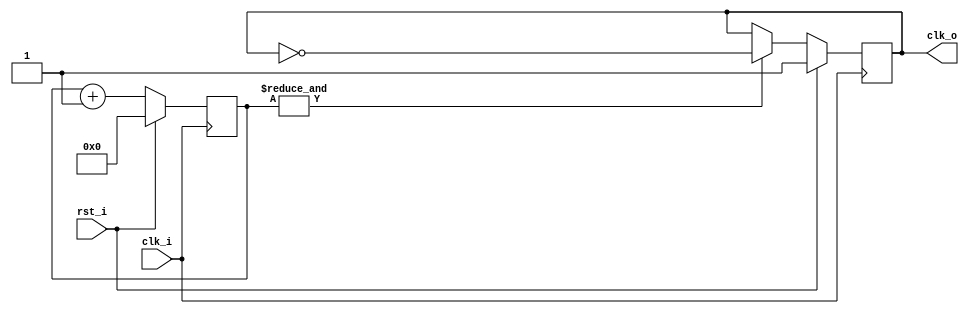
//-----------------------------------------------------
// ProjectName: ASIC watch 
// Description: Clock down  from external crystal to 1.0Hz
// Coder      : G.Cabo & L.Ledoux
// References :
//-----------------------------------------------------
`default_nettype none
`timescale 1 ns / 1 ps

`ifndef SYNT
    `ifdef FORMAL 
        `define ASSERTIONS
    `endif
`endif

module crystal2hz (
    input wire rst_i, // active high
    input wire clk_i, // 32.768 KHz
    output reg clk_o  // 1Hz
);

//free running counter
reg [14:0] count_int;
always @(posedge clk_i) begin : count_15bit
            if (rst_i) begin
                count_int <= 0;
            end else begin
                count_int <= count_int+1;  
            end
end

//Clock divider
always @(posedge clk_i) begin: clk_div
            if (rst_i) begin
                clk_o <= 1;
            end else begin
		// lledoux: expensive 15-bit and reduction and 15-bit comparator
		// 1 extra bit in the counter and check the msb should
		// sufficient
                if (&count_int == 1) begin // if and reduction is 1 
                    clk_o <= ~clk_o;
                end else begin
                    clk_o <= clk_o;
                end
            end
end

endmodule